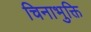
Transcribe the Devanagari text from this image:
चिनाभुक्ति